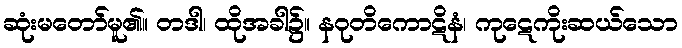
ဆုံးမတော်မူ၏။ တဒါ၊ ထိုအခါ၌။ နဝုတိကောဋိနံ၊ ကုဋေကိုးဆယ်သော